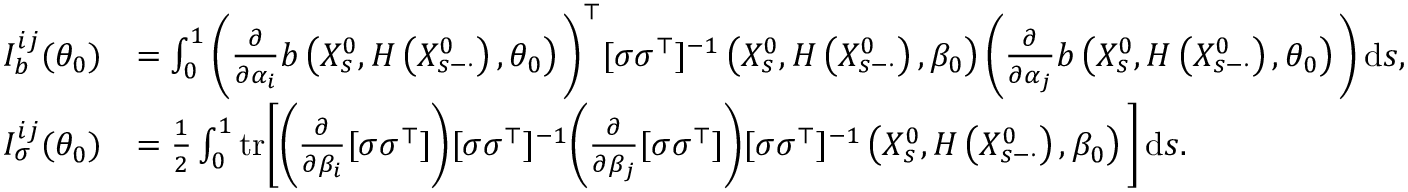
\begin{array} { r l } { I _ { b } ^ { i j } ( \theta _ { 0 } ) } & { = \int _ { 0 } ^ { 1 } \bigg ( \frac { \partial } { \partial \alpha _ { i } } b \left( X _ { s } ^ { 0 } , H \left( X _ { s - \cdot } ^ { 0 } \right) , \theta _ { 0 } \right) \bigg ) ^ { \top } [ \sigma \sigma ^ { \top } ] ^ { - 1 } \left( X _ { s } ^ { 0 } , H \left( X _ { s - \cdot } ^ { 0 } \right) , \beta _ { 0 } \right) \bigg ( \frac { \partial } { \partial \alpha _ { j } } b \left( X _ { s } ^ { 0 } , H \left( X _ { s - \cdot } ^ { 0 } \right) , \theta _ { 0 } \right) \bigg ) \, \mathrm { d } s , } \\ { I _ { \sigma } ^ { i j } ( \theta _ { 0 } ) } & { = \frac { 1 } { 2 } \int _ { 0 } ^ { 1 } \mathrm { t r } \Bigg [ \bigg ( \frac { \partial } { \partial \beta _ { i } } [ \sigma \sigma ^ { \top } ] \bigg ) [ \sigma \sigma ^ { \top } ] ^ { - 1 } \bigg ( \frac { \partial } { \partial \beta _ { j } } [ \sigma \sigma ^ { \top } ] \bigg ) [ \sigma \sigma ^ { \top } ] ^ { - 1 } \left( X _ { s } ^ { 0 } , H \left( X _ { s - \cdot } ^ { 0 } \right) , \beta _ { 0 } \right) \Bigg ] \, \mathrm { d } s . } \end{array}